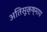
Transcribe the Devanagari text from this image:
अतिसूक्ष्माय